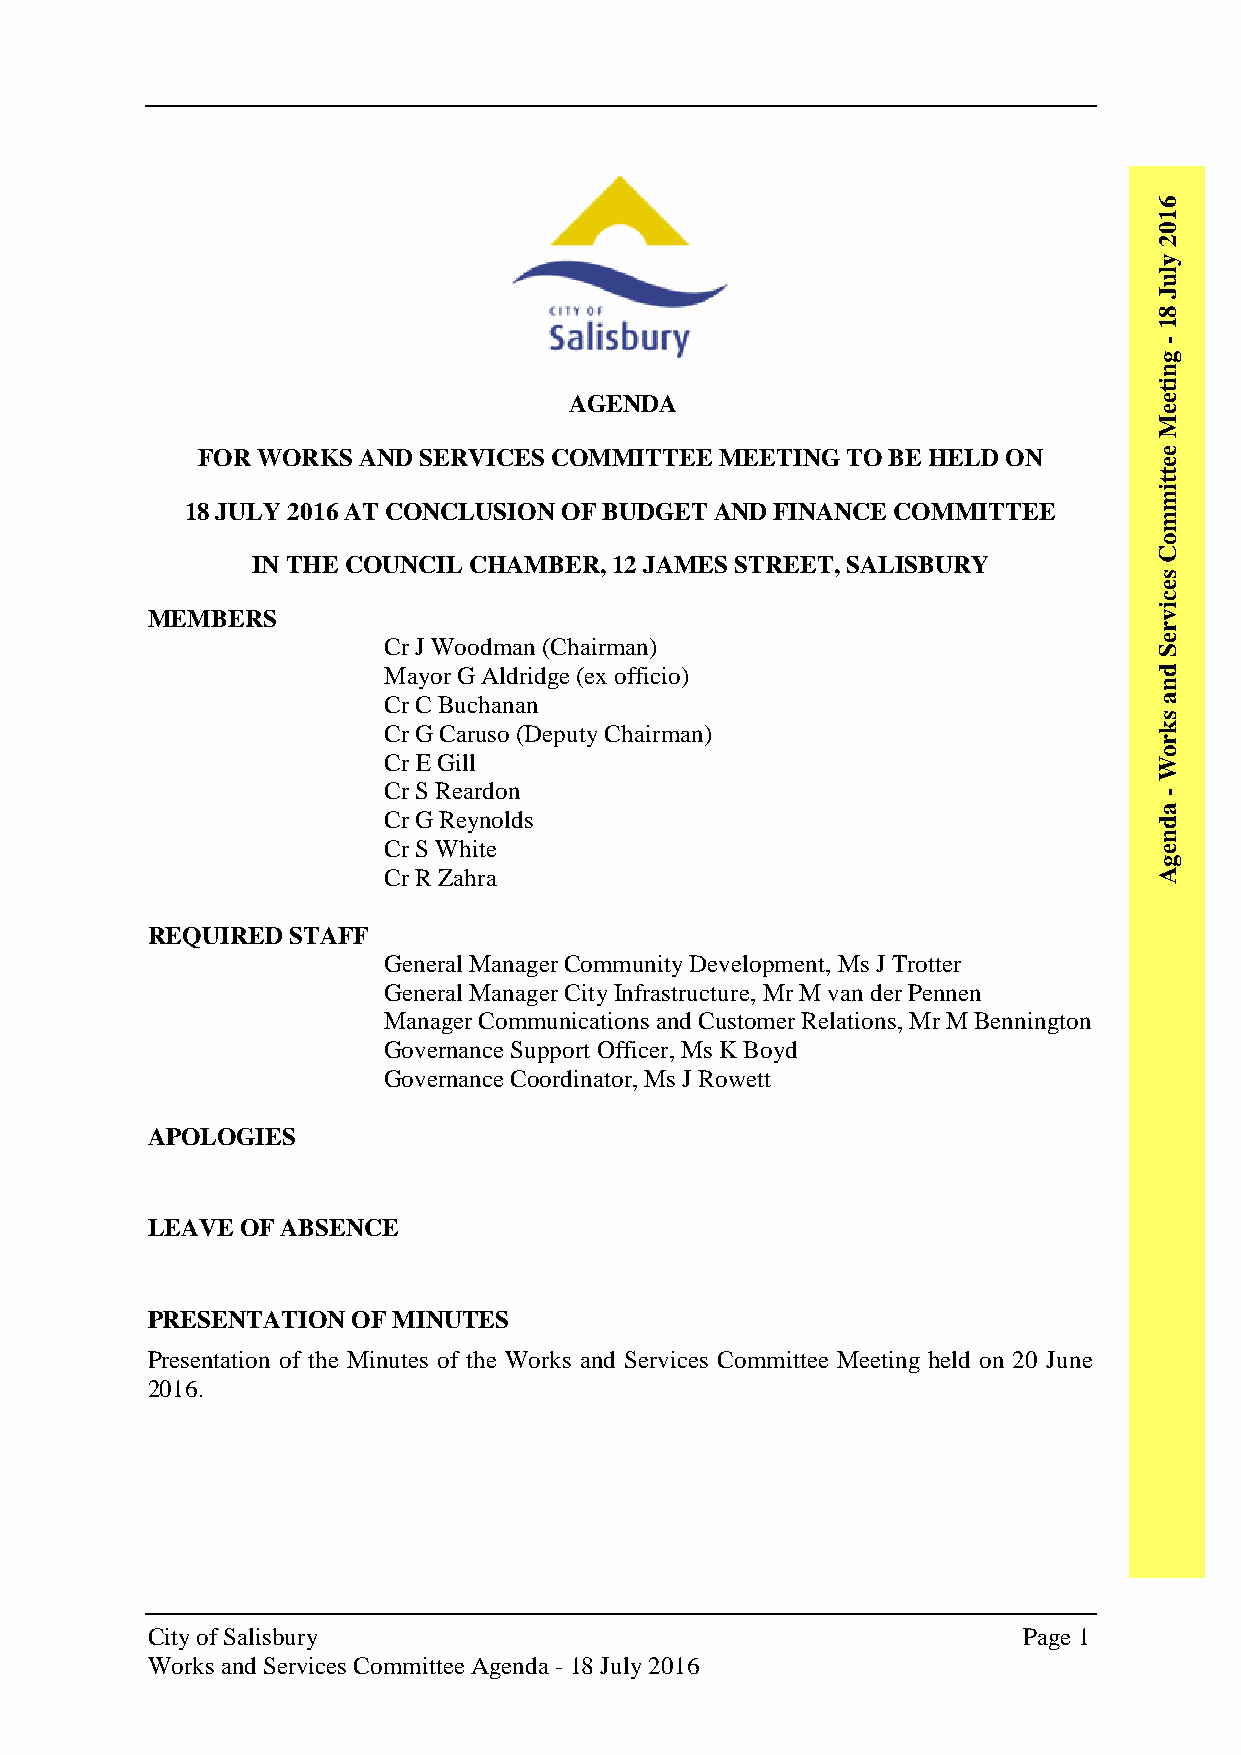
6
 1
 0
 2
 y
 l
 u
 J
 8
 1
 -
 g
 n
 i
 t
 AGENDA                                 e
 e
 M
 FOR WORKS  AND SERVICES COMMITTEE  MEETING TO BE HELD ON        e
 e
 t
 t
 i
 m
 18 JULY 2016 AT CONCLUSION OF BUDGET AND FINANCE COMMITTEE
 m
 o
 C
 IN THE COUNCIL CHAMBER, 12 JAMES STREET, SALISBURY
 s
 e
 c
 i
 MEMBERS                                                            v
 r
 Cr J Woodman (Chairman)                             e S
 Mayor G Aldridge (ex officio)                       d
 n
 Cr C Buchanan                                       a
 s
 Cr G Caruso (Deputy Chairman)                       k
 r
 o
 Cr E Gill                                           W
 Cr S Reardon
 -
 a
 Cr G Reynolds                                       d
 n
 Cr S White                                          e
 g
 Cr R Zahra                                          A
 REQUIRED STAFF
 General Manager Community Development, Ms J Trotter
 General Manager City Infrastructure, Mr M van der Pennen
 Manager Communications and Customer Relations, Mr M Bennington
 Governance Support Officer, Ms K Boyd
 Governance Coordinator, Ms J Rowett
 APOLOGIES
 LEAVE OF ABSENCE
 PRESENTATION OF MINUTES
 Presentation of the Minutes of the Works and Services Committee Meeting held on 20 June
 2016.
 City of Salisbury                                         Page 1
 Works and Services Committee Agenda - 18 July 2016